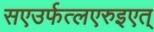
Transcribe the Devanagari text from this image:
सएउर्फत्लएरुइएत्